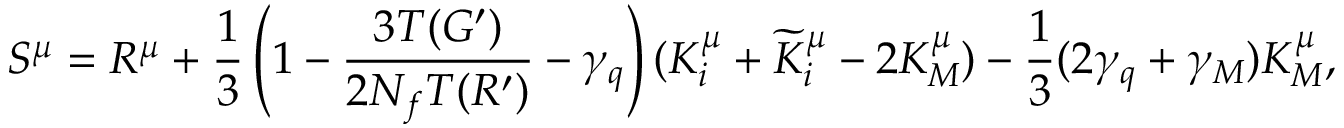
S ^ { \mu } = R ^ { \mu } + \frac { 1 } { 3 } \left( 1 - \frac { 3 T ( G ^ { \prime } ) } { 2 N _ { f } T ( R ^ { \prime } ) } - \gamma _ { q } \right) ( K _ { i } ^ { \mu } + \widetilde { K } _ { i } ^ { \mu } - 2 K _ { M } ^ { \mu } ) - \frac { 1 } { 3 } ( 2 \gamma _ { q } + \gamma _ { M } ) K _ { M } ^ { \mu } ,